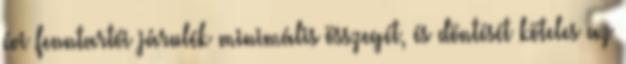
évi fenntartói járulék minimális összegét, és döntését köteles az